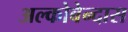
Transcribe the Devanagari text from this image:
अल्कोबेन्दास